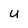
Character: U